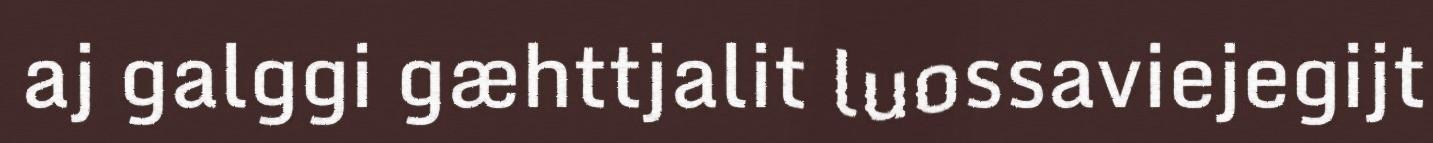
aj galggi gæhttjalit luossaviejegijt